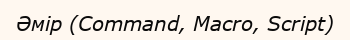
Әмір (Command, Macro, Script)